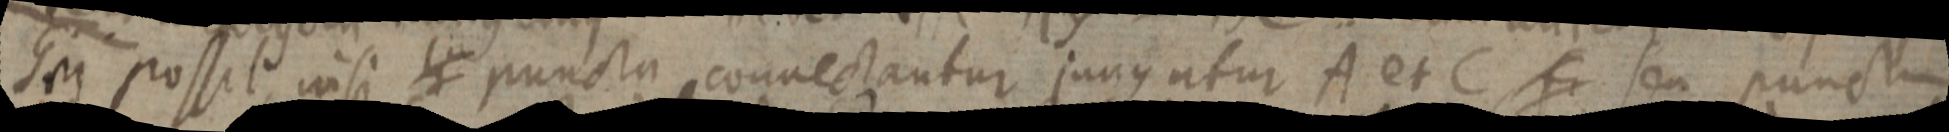
GM possit nisi _ puncta connectantur jungatur A et C fr seu punctum